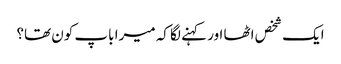
ایک شخص اٹھا اور کہنے لگا کہ میرا باپ کون تھا؟